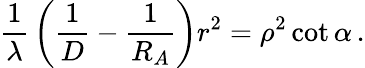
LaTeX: {\frac{1}{\lambda}}\left({\frac{1}{D}}-{\frac{1}{R_{A}}}\right)r^{2}=\rho^{2}\cot\alpha\, .